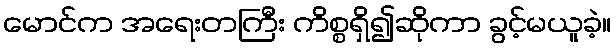
မောင်က အရေးတကြီး ကိစ္စရှိ၍ဆိုကာ ခွင့်မယူခဲ့။